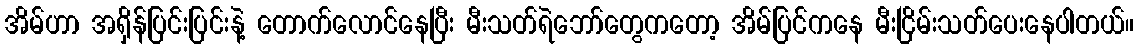
အိမ်ဟာ အရှိန်ပြင်းပြင်းနဲ့ တောက်လောင်နေပြီး မီးသတ်ရဲဘော်တွေကတော့ အိမ်ပြင်ကနေ မီးငြိမ်းသတ်ပေးနေပါတယ်။